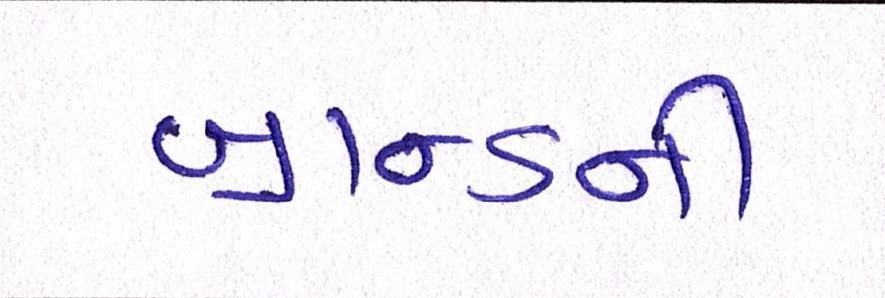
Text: બ્રાન્ડની